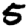
Digit: 5